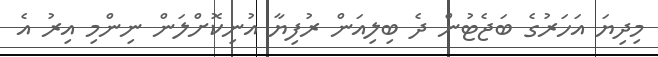
މިދިޔަ އަހަރުގެ ބަޖެޓުން ދެ ބިލިއަން ރުފިޔާ އުނިކޮށްލަން ނިންމި އިރު އެ